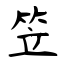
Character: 笠